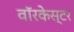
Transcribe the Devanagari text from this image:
वॉरकेस्टर